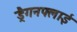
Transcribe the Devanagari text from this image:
ड्रैगनफ्लाई